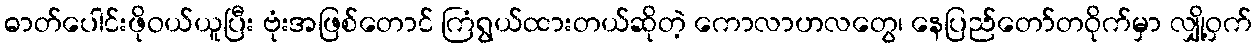
ဓာတ်ပေါင်းဖိုဝယ်ယူပြီး ဗုံးအဖြစ်တောင် ကြံရွယ်ထားတယ်ဆိုတဲ့ ကောလာဟလတွေ၊ နေပြည်တော်တဝိုက်မှာ လျှို့ဝှက်